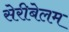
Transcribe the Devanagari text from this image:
सेरीबेलम